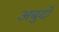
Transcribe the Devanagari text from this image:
अबुर्दों